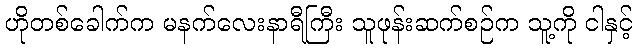
ဟိုတစ်ခေါက်က မနက်လေးနာရီကြီး သူဖုန်းဆက်စဉ်က သူ့ကို ငါနှင့်